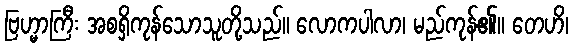
ဗြဟ္မာကြီး အစရှိကုန်သောသူတို့သည်။ လောကပါလာ၊ မည်ကုန်၏။ တေဟိ၊